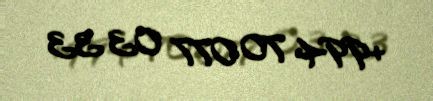
+994 70 077 03 33